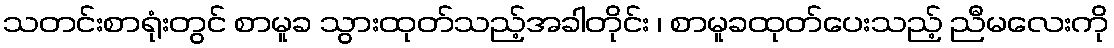
သတင်းစာရုံးတွင် စာမူခ သွားထုတ်သည့်အခါတိုင်း ၊ စာမူခထုတ်ပေးသည့် ညီမလေးကို